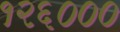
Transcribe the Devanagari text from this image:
१२६०००